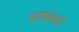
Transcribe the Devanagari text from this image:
प्राप्तकर्त्ता